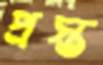
প্রস্ত